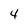
Character: 4